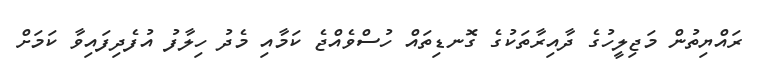
ރައްޔިތުން މަޖިލީހުގެ ދާއިރާތަކުގެ ގޮނޑިތައް ހުސްވެއްޖެ ކަމާއި މެދު ހިލާފު އުފެދިފައިވާ ކަމަށް